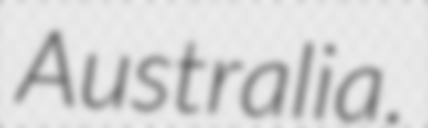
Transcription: Australia.